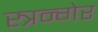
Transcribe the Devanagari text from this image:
स्त्रन्गेर